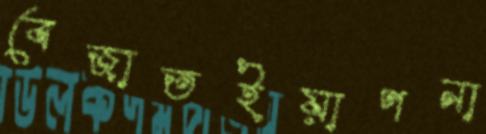
বেজাতইয়াপনা